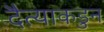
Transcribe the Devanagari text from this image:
दैत्याकडुन